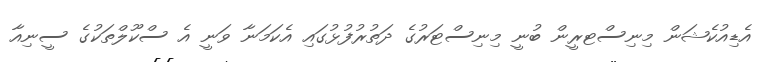
އެޑިއުކެޝަން މިނިސްޓރީން ބުނީ މިނިސްޓަރުގެ ދަތުރުފުޅުގައި އެކަމަނާ ވަނީ އެ ސްކޫލްތަކުގެ ސީނިއާ